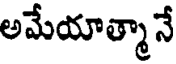
అమేయాత్మా నే